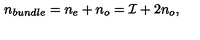
n _ { b u n d l e } = n _ { e } + n _ { o } = { \cal I } + 2 n _ { o } ,